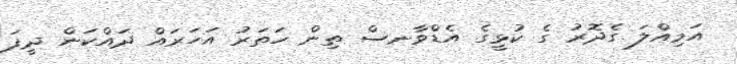
އަމިއްލަ ގެދޮރު ގެ ކުޅީގެ އެޑްވާނސް ތިން ހަތަރު އަހަރައް ދައްކަން ދީފަ